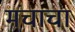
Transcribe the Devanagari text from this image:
मंचाचा